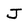
Character: J